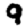
Digit: 9